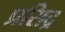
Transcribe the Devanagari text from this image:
प्रसिद्र